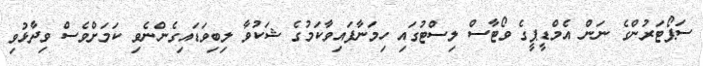
ސަޕޯޓަރުންގެ ނަން އެމްޑީޕީގެ ވޯޓާސް ލިސްޓުގައި ހިމަނާފައިވާކަމުގެ ޝަކުވާ ލިބިވަޑައިގެންނެވި ކަމަށްވެސް ވިދާޅުވި